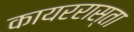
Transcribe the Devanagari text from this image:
कायररास्ता